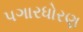
પગારધોરણ